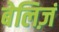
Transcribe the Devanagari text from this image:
बेलिज़ं